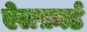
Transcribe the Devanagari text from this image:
ऐलफ़ार्ड